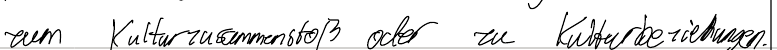
zum Kulturzusammenstoß oder zu Kulturbeziehungen.